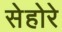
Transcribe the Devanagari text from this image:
सेहोरे